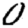
Digit: 0